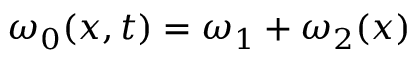
\omega _ { 0 } ( x , t ) = \omega _ { 1 } + \omega _ { 2 } ( x )